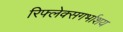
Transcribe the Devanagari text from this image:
रिफ्लेक्सगर्भाशय